Indian journal of veterinary science and animal husbandry - Volume 1,
Year: 1931
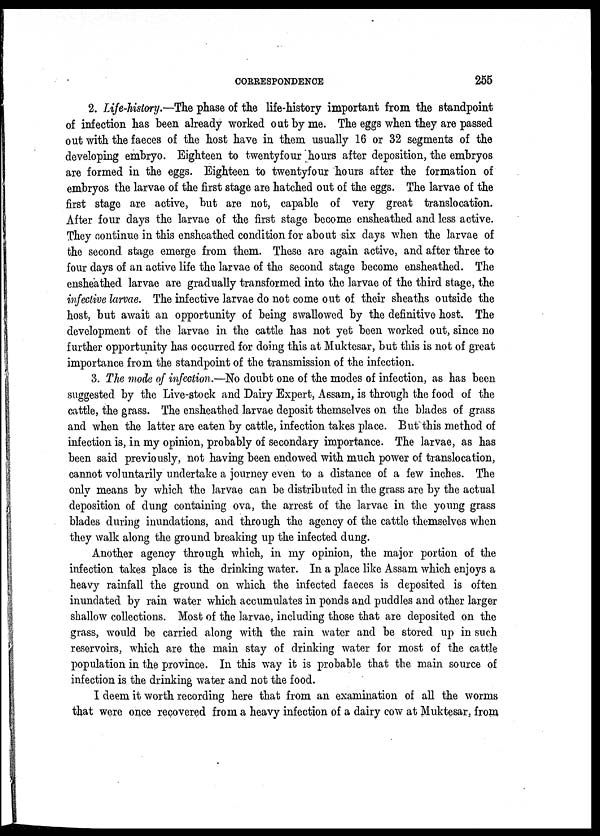
CORRESPONDENCE
255
2. Life-history.—The phase of the life-history important from the standpoint
of infection has been already worked out by me. The eggs when they are passed
out with the faeces of the host have in them usually 16 or 32 segments of the
developing embryo. Eighteen to twentyfour hours after deposition, the embryos
are formed in the eggs. Eighteen to twentyfour hours after the formation of
embryos the larvae of the first stage are hatched out of the eggs. The larvae of the
first stage are active, but are not, capable of very great translocation.
After four days the larvae of the first stage become ensheathed and less active.
They continue in this ensheathed condition for about six days when the larvae of
the second stage emerge from them. These are again active, and after three to
four days of an active life the larvae of the second stage become ensheathed. The
ensheathed larvae are gradually transformed into the larvae of the third stage, the
infective larvae. The infective larvae do not come out of their sheaths outside the
host, but await an opportunity of being swallowed by the definitive host. The
development of the larvae in the cattle has not yet been worked out, since no
further opportunity has occurred for doing this at Muktesar, but this is not of great
importance from the standpoint of the transmission of the infection.
3. The mode of infection.—No doubt one of the modes of infection, as has been
suggested by the Live-stock and Dairy Expert, Assam, is through the food of the
cattle, the grass. The ensheathed larvae deposit themselves on the blades of grass
and when the latter are eaten by cattle, infection takes place. But this method of
infection is, in my opinion, probably of secondary importance. The larvae, as has
been said previously, not having been endowed with much power of translocation,
cannot voluntarily undertake a journey even to a distance of a few inches. The
only means by which the larvae can be distributed in the grass are by the actual
deposition of dung containing ova, the arrest of the larvae in the young grass
blades during inundations, and through the agency of the cattle themselves when
they walk along the ground breaking up the infected dung.
Another agency through which, in my opinion, the major portion of the
infection takes place is the drinking water. In a place like Assam which enjoys a
heavy rainfall the ground on which the infected faeces is deposited is often
inundated by rain water which accumulates in ponds and puddles and other larger
shallow collections. Most of the larvae, including those that are deposited on the
grass, would be carried along with the rain water and be stored up in such
reservoirs, which are the main stay of drinking water for most of the cattle
population in the province. In this way it is probable that the main source of
infection is the drinking water and not the food.
I deem it worth recording here that from an examination of all the worms
that were once recovered from a heavy infection of a dairy cow at Muktesar, from